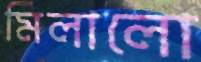
মিলালো